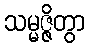
သမ္မဇ္ဇိတွာ